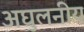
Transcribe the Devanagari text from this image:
अघुलनीय